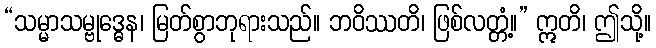
“သမ္မာသမ္ဗုဒ္ဓေန၊ မြတ်စွာဘုရားသည်။ ဘဝိဿတိ၊ ဖြစ်လတ္တံ့။” ဣတိ၊ ဤသို့။